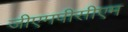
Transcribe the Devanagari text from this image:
जीएमपीसीएम